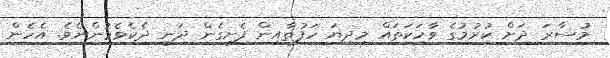
މުސާރަ ދަށް ކުރުމުގެ ވާހަކަތައް މިދިޔަ ހަފުތާއިން ފެށިގެން ދަނީ ދެކެވެމުންނެވެ. އެހެން